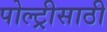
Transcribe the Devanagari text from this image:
पोल्ट्रीसाठी